Report on lock hospitals in British Burma
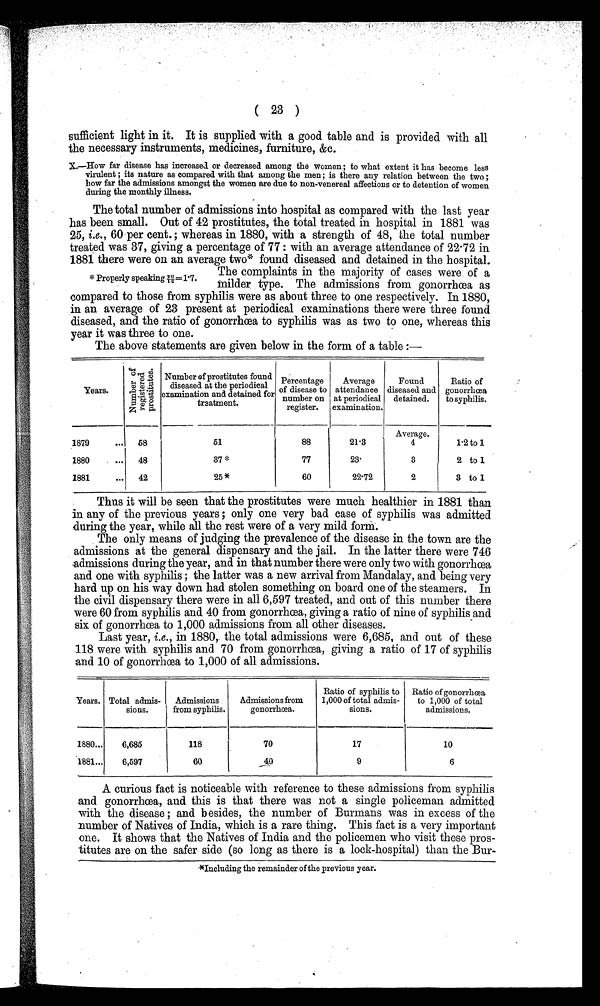
( 23 )
sufficient light in it. It is supplied with a good table and is provided with all
the necessary instruments, medicines, furniture, &c.
X.—How far disease has increases or decreased among the women ; to what extent it has become less
virulent ; its nature as compared with that among the men ; is there any relation between the two ;
how far the admissions amongst the women are due to non-venereal affections or to detention of women
during the monthly illness.
The total number of admissions into hospital as compared with the last year
has been small. Out of 42 prostitutes, the total treated in hospital in 1881 was
25, i.e., 60 per cent.; whereas in 1880, with a strength of 48, the total number
treated was 37, giving a percentage of 77 : with an average attendance of 22.72 in
1881 there were on an average two*found diseased and detained in the hospital.
The complaints in the majority of cases were of a
milder type. The admissions from gonorrhœa as
compared to those from syphilis were as about three to one respectively. In 1880,
in an average of 23 present at periodical examinations there were three found
diseased, and the ratio of gonorrhœa to syphilis was as two to one, whereas this
year it was three to one.
The above statements are given below in the form of a table :—
Years.
N u m b e r o f r e g i s t r e d p r o s t i t u t e s .
Number of prostitutes found
diseased at the periodical
examination and detained for
treatment.
Percentage
of disease to
number on
register.
Average
attendance
at periodical
examination.
Found
diseased and
detained.
Ratio of
gonorrhœa,
to syphilis.
1879
...
6 8
5 1 88
21.3
Average.
4
1.2 to 1
1880
...
48
37 *
77
23.
3
2 to 1
1881
...
42
25 *
60
22.72
2
3 to 1
Thus it will be seen that the prostitutes were much healthier in 1881 than
in any of the previous years ; only one very bad case of syphilis was admitted
during the year, while all the rest were of a very mild form.
The only means of judging the prevalence of the disease in the town are the
admissions at the general dispensary and the jail. In the latter there were 746
admissions during the year, and in that number there were only two with gonorrhœa
and one with syphilis ; the latter was a new arrival from Mandalay, and being very
hard up on his way down had stolen something on board one of the steamers. In
the civil dispensary there were in all 6,597 treated, and out of this number there
were 60 from syphilis and 40 from gonorrhœa, giving a ratio of nine of syphilis and
six of gonorrhœa to 1,000 admissions from all other diseases.
Last year, i.e., in 1880, the total admissions were 6,685, and out of these
118 were with syphilis and 70 from gonorrhœa, giving a ratio of 17 of syphilis
and 10 of Gonorrhœa to 1,000 of all admissions.
Years. Total admis-
sions.
Admissions
from syphilis.
Admissions from
gonorrhœa.
Ratio of syphilis to
1,000 of total admis-
sions.
Ratio of gonorrhœa
to 1,000 of total
admissions.
1880...
6,685
118
70
17
10
1881...
6,597
60
4 0
9
6
A curious fact is noticeable with reference to these admissions from syphilis
and gonorrhœa, and this is that there was not a single policeman admitted
with the disease ; and besides, the number of Burmans was in excess of the
number of Natives of India, which is a rare thing. This fact is a very important
one. It shows that the Natives of India and the policemen who visit these pros-
titutes are on the safer side (so long as there is a lock-hospital) than the Bur-
*Including the remainder of the previous year.
* Properly speaking 20/12 = 1.7.